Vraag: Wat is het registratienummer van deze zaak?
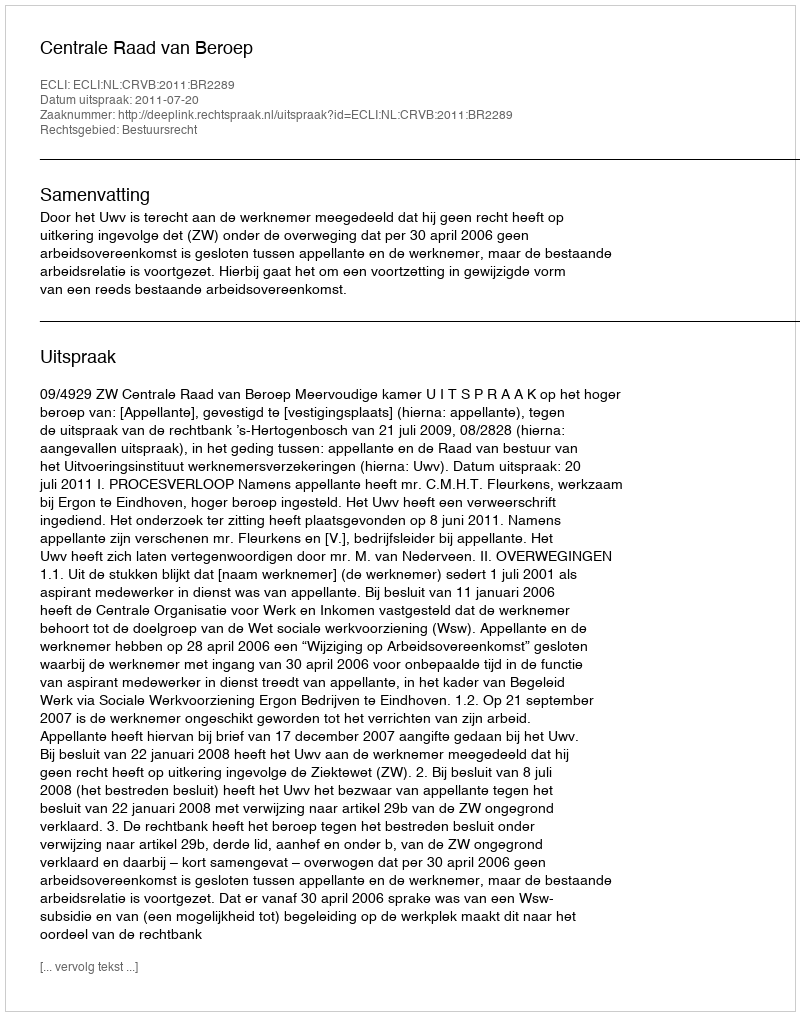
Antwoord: http://deeplink.rechtspraak.nl/uitspraak?id=ECLI:NL:CRVB:2011:BR2289